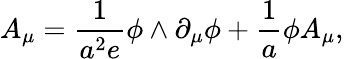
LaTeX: A_{\mu}=\frac{1}{a^{2}e}\phi\wedge\partial_{\mu}\phi+\frac{1}{a}\phi A_{\mu},